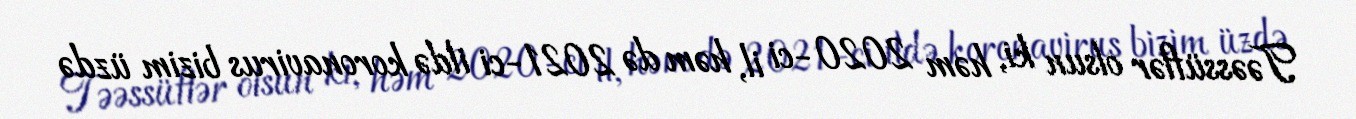
Təəssüflər olsun ki, həm 2020-ci il, həm də 2021-ci ildə koronavirus bizim üzdə